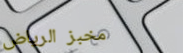
مخبز الرياض